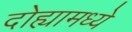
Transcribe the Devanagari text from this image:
दोह्यामध्ये